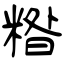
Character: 糌